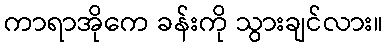
ကာရာအိုကေ ခန်းကို သွားချင်လား။